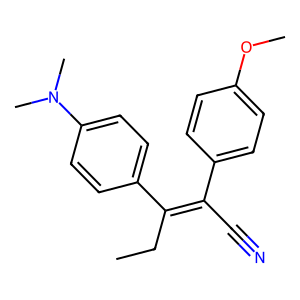
SMILES: CCC(=C(C#N)c1ccc(OC)cc1)c1ccc(N(C)C)cc1
Inhibits HIV replication: No